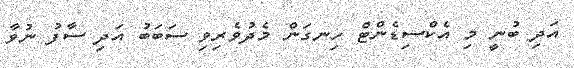
އަދި ބުނީ މި އެކްސިޑެންޓް ހިނގަން މެދުވެރިވި ސަބަބު އަދި ސާފު ނުވާ